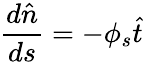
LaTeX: \frac{d\hat{n}}{ds}=-\phi_{s}\hat{t}